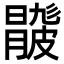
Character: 𥀦